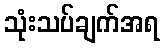
သုံးသပ်ချက်အရ